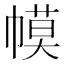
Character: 幙